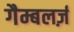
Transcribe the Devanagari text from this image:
गैम्बलर्ज़